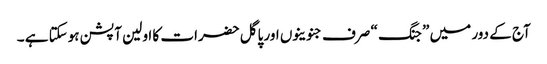
آج کے دور میں ” جنگ “ صرف جنوینوں اور پاگل حضرات کا اولین آپشن ہوسکتا ہے ۔